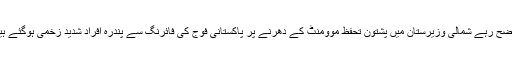
واضح رہے شمالی وزیرستان میں پشتون تحفظ موومنٹ کے دھرنے پر پاکستانی فوج کی فائرنگ سے پندرہ افراد شدید زخمی ہوگئے ہیں۔